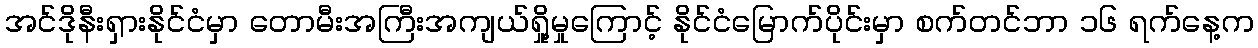
အင်ဒိုနီးရှားနိုင်ငံမှာ တောမီးအကြီးအကျယ်ရှို့မှုကြောင့် နိုင်ငံမြောက်ပိုင်းမှာ စက်တင်ဘာ ၁၆ ရက်နေ့က